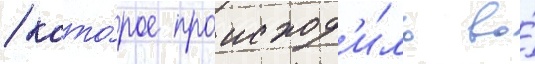
/ кото́рое происход'и́ло во́